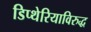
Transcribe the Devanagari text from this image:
डिप्थेरियाविरुद्ध